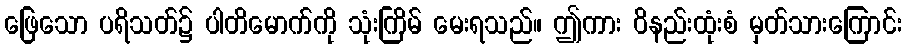
ဖြေသော ပရိသတ်၌ ပါတိမောက်ကို သုံးကြိမ် မေးရသည်။ ဤကား ဝိနည်းထုံးစံ မှတ်သားကြောင်း